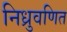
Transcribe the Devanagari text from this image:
निध्रुवणित